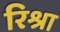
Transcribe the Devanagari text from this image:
रिश्रा